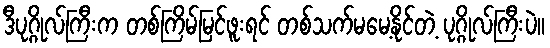
ဒီပုဂ္ဂိုလ်ကြီးက တစ်ကြိမ်မြင်ဖူးရင် တစ်သက်မမေ့နိုင်တဲ့ ပုဂ္ဂိုလ်ကြီးပဲ။